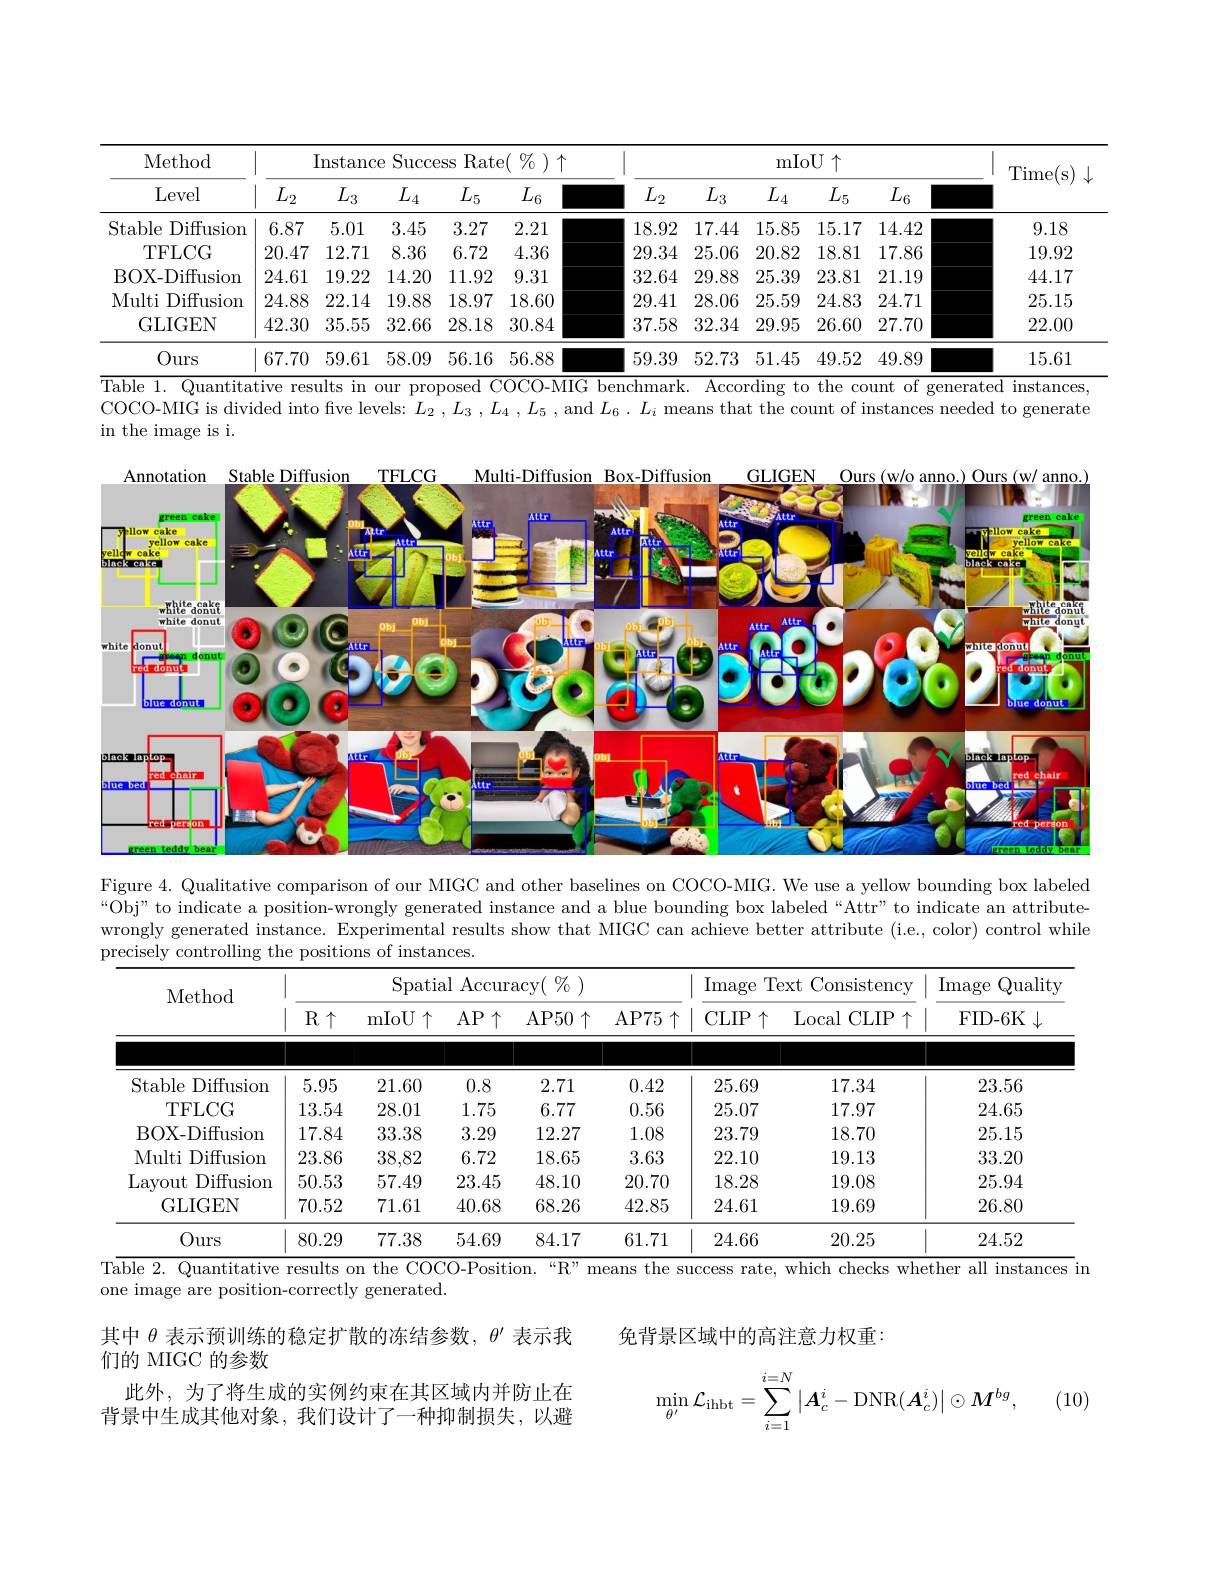
<table>
	<tbody>
		<tr>
			<th rowspan="2">Method Level</th>
			<th> </th>
			<th>Instance</th>
			<th colspan="3">nce Success Rate( $\%)\uparrow$</th>
			<th colspan="5">mIoU $\uparrow$</th>
			<th rowspan="2">Time( s) </th>
		</tr>
		<tr>
			<th>$L_2$</th>
			<th>$L_3$</th>
			<th>$L_4$</th>
			<th>$L_5$</th>
			<th>$L_{6}$</th>
			<th>$L_2$</th>
			<th>$L_3$</th>
			<th>$L_4$</th>
			<th>$L_{5}$</th>
			<th>$L_{6}$</th>
		</tr>
		<tr>
			<td>Stable Diffusion</td>
			<td>6.87</td>
			<td>5.01</td>
			<td>3.45</td>
			<td>3.27</td>
			<td>2.21</td>
			<td>18.92</td>
			<td>17.44</td>
			<td>15.85</td>
			<td>15.17</td>
			<td>14.42</td>
			<td>9.18</td>
		</tr>
		<tr>
			<td>TFLCG</td>
			<td>20.47</td>
			<td>12.71</td>
			<td>8.36</td>
			<td>6.72</td>
			<td>4.36</td>
			<td>29.34</td>
			<td>25.06</td>
			<td>20.82</td>
			<td>18.81</td>
			<td>17.86</td>
			<td>19.92</td>
		</tr>
		<tr>
			<td>BOX- Diffusion</td>
			<td>24.61</td>
			<td>19.22</td>
			<td>14.20</td>
			<td>11.92</td>
			<td>9.31</td>
			<td>32.64</td>
			<td>29.88</td>
			<td>25.39</td>
			<td>23.81</td>
			<td>21.19</td>
			<td>44.17</td>
		</tr>
		<tr>
			<td>Multi Diffusion $\ddot{1}$</td>
			<td>24.88</td>
			<td>22.14</td>
			<td>19.88</td>
			<td>18.97</td>
			<td>18.60</td>
			<td>29.41</td>
			<td>28.06</td>
			<td>25.59</td>
			<td>24.83</td>
			<td>24.71</td>
			<td>25.15</td>
		</tr>
		<tr>
			<td>GLIGEN</td>
			<td>42.30</td>
			<td>35.55</td>
			<td>32.66</td>
			<td>28.18</td>
			<td>30.84</td>
			<td>37.58</td>
			<td>32.34</td>
			<td>29.95</td>
			<td>26.60</td>
			<td>27.70</td>
			<td>22.00</td>
		</tr>
		<tr>
			<td>Ours</td>
			<td>67.70</td>
			<td>59.61</td>
			<td>58.09</td>
			<td>56.16</td>
			<td>56.88</td>
			<td>59.39</td>
			<td>52.73</td>
			<td>51.45</td>
			<td>49.52</td>
			<td>49.89</td>
			<td>15.61</td>
		</tr>
	</tbody>
</table>
$\overline{\text{Table }1.\text{ Quantitative results in our proposed COCO-MIG benchmark. According to the count of generated instances,}}$

COCO-MIG is divided into five levels: $L_2,L_3,L_4,L_5$, and $L_6.L_i$ means that the count of instances needed to generate
in the image is i.

<FigureHere>

Figure 4. Qualitative comparison of our MIGC and other baselines on COCO-MIG. We use a yellow bounding box labeled “Obj” to indicate a position-wrongly generated instance and a blue bounding box labeled“Attr”to indicate an attributes $^{\text{“Obj”to indicate a position-wrongly generated instance and a blue bounding box labeled“Attr”to indic}^{\text{icate an attributee}}^{\text{“Ob$ wrongly generated instance. Experimental results show that MIGC can achieve better attribute (i.e., color) control while
<table>
	<tbody>
		<tr>
			<th rowspan="2">Method</th>
			<th colspan="5">Spatial Accuracy( $\%)$</th>
			<th colspan="2">Image Text t Consistency</th>
			<th rowspan="2">Image Quality FID- 6K 1</th>
		</tr>
		<tr>
			<th>R$\uparrow$</th>
			<th>mIoU $\uparrow$</th>
			<th>$AP\uparrow$</th>
			<th>AP50$\uparrow$</th>
			<th>AP75$\uparrow$</th>
			<th>$CLIP$ ,个</th>
			<th>$CLIP\uparrow$ Local $\frac{1}{2}=\frac{1}{2}=\frac{1}{2}$</th>
		</tr>
		<tr>
			<td>Ctohlo $\Gamma_{\mathrm{iffuci}}$</td>
			<td>05 1</td>
			<td>7 - $Kf$</td>
			<td>L</td>
			<td>71 11</td>
			<td>10</td>
			<td>95 60 1</td>
			<td>1731</td>
			<td>2356</td>
		</tr>
		<tr>
			<td>TFI.CG</td>
			<td>${\mathbf{V}}$ 1/1</td>
			<td>$-41V$</td>
			<td>14</td>
			<td>UIIL</td>
			<td>114-</td>
			<td>$\psi_{1}\psi$ 25 07</td>
			<td>17.97</td>
			<td>24.65</td>
		</tr>
		<tr>
			<td>BOX- Diffusion</td>
			<td>17.84</td>
			<td>33.38</td>
			<td>3.29</td>
			<td>12.27</td>
			<td>1.08</td>
			<td>23.79</td>
			<td>18.70</td>
			<td>25.15</td>
		</tr>
		<tr>
			<td>Multi Diffusion</td>
			<td>23.86</td>
			<td>38,82</td>
			<td>6.72</td>
			<td>18.65</td>
			<td>3.63</td>
			<td>22.10</td>
			<td>19.13</td>
			<td>33.20</td>
		</tr>
		<tr>
			<td>Layout Diffusion</td>
			<td>50.53</td>
			<td>57.49</td>
			<td>23.45</td>
			<td>48.10</td>
			<td>20.70</td>
			<td>18.28</td>
			<td>19.08</td>
			<td>25.94</td>
		</tr>
		<tr>
			<td>GLIGEN</td>
			<td>70.52</td>
			<td>71.61</td>
			<td>40.68</td>
			<td>68.26</td>
			<td>42.85</td>
			<td>24.61</td>
			<td>19.69</td>
			<td>26.80</td>
		</tr>
		<tr>
			<td>Ours</td>
			<td>80.29</td>
			<td>77.38</td>
			<td>54.69</td>
			<td>84.17</td>
			<td>61.71</td>
			<td>24.66</td>
			<td>20.25</td>
			<td>24.52</td>
		</tr>
	</tbody>
</table>

Table 2. Quantitative results on the COCO- Position. “ R” means the success rate, which checks whether all instances in

one image are position-correctly generated.

免背景区域中的高注意力权重：

其中$\theta$表示预训练的稳定扩散的冻结参数，$\theta^\prime$表示我
们的 MIGC 的参数
此外，为了将生成的实例约束在其区域内并防止在背景中生成其他对象，我们设计了一种抑制损失，以避

(10)
$$\min_{\theta'}\mathcal{L}_{\mathrm{ihbt}}=\sum_{i=1}^{i=N}\left|A_{c}^{i}-\mathrm{DNR}(A_{c}^{i})\right|\odot M^{bg},$$